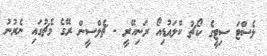
ލެސްޓަ ސިޓީގެ ކޯޗު ކްލައުޑިއޯ ރަނިއޭރީ - ޗެލްސީން ރޭގެ މެޗުގައި ނެރުނު